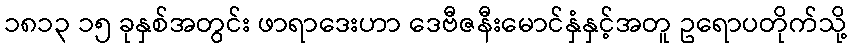
၁၈၁၃ ၁၅ ခုနှစ်အတွင်း ဖာရာဒေးဟာ ဒေဗီဇနီးမောင်နှံနှင့်အတူ ဥရောပတိုက်သို့